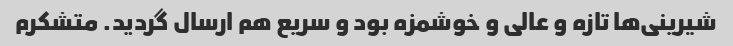
شیرینی‌ها تازه و عالی و خوشمزه بود و سریع هم ارسال گردید. متشکرم